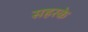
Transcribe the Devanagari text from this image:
सहरके